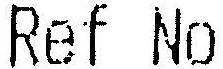
REF NO